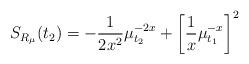
LaTeX: \begin{align*}S_{R_\mu}(t_2)=-\frac{1}{2x^2}\mu_{t_2}^{-2x}+\left[\frac{1}{x}\mu_{t_1}^{-x}\right]^2\end{align*}